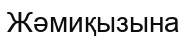
Жәмиқызына